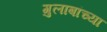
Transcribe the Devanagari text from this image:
गुलाबांच्या